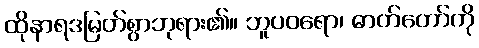
ထိုနာရဒမြတ်စွာဘုရား၏။ ဘူပဝရော၊ ဓာတ်တော်ကို